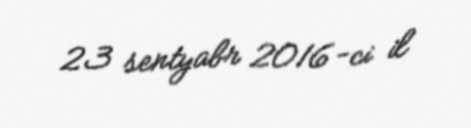
23 sentyabr 2016-ci il